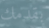
بقدمك